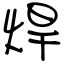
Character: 焊